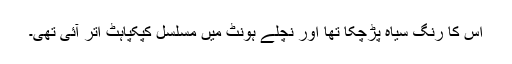
اس کا رنگ سیاہ پڑچکا تھا اور نچلے ہونٹ میں مسلسل کپکپاہٹ اتر آئی تھی۔